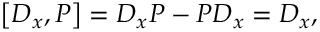
\left[ D _ { x } , P \right] = D _ { x } P - P D _ { x } = D _ { x } ,